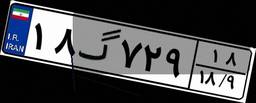
۱۸گ۷۲۹۱۸